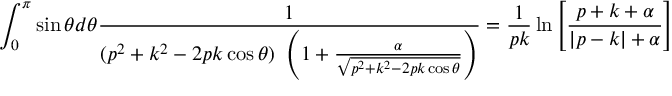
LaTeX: \int _ { 0 } ^ { \pi } \sin \theta d \theta { \frac { 1 } { ( p ^ { 2 } + k ^ { 2 } - 2 p k \cos \theta ) \ \left( 1 + { \frac { \alpha } { \sqrt { p ^ { 2 } + k ^ { 2 } - 2 p k \cos \theta } } } \right) } } = { \frac { 1 } { p k } } \ln \left[ { \frac { p + k + \alpha } { | p - k | + \alpha } } \right]